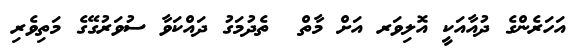
އަހަރެންގެ ދުއާއަކީ އޮލިވަރ އަށް މާތް  ތެދުމަގު ދައްކަވާ ސުވަރުގޭގެ މަތިވެރި